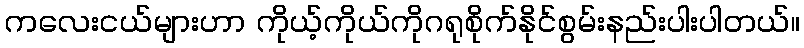
ကလေးငယ်များဟာ ကိုယ့်ကိုယ်ကိုဂရုစိုက်နိုင်စွမ်းနည်းပါးပါတယ်။